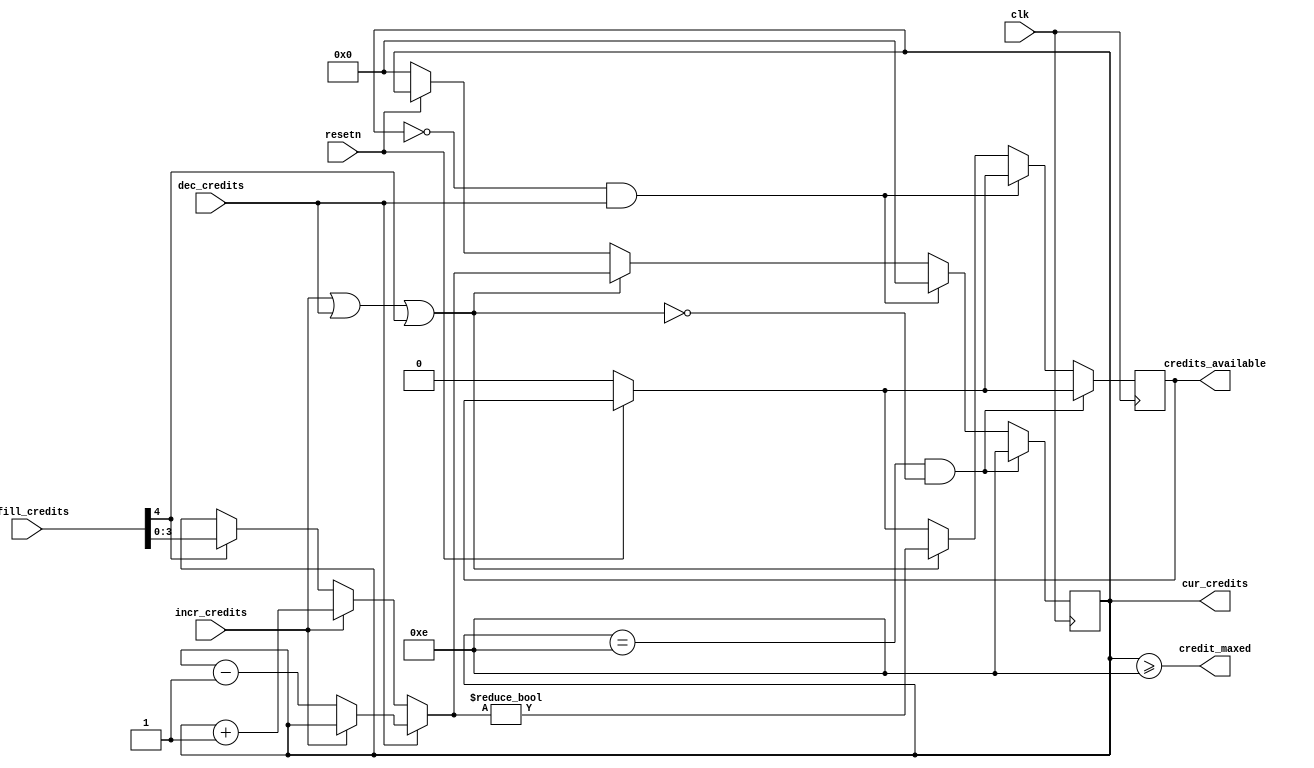
/*
 * Copyright (c) 2019 Xilinx Inc.
 * Written by Heramb Aligave.
 *
 * Permission is hereby granted, free of charge, to any person obtaining a copy
 * of this software and associated documentation files (the "Software"), to deal
 * in the Software without restriction, including without limitation the rights
 * to use, copy, modify, merge, publish, distribute, sublicense, and/or sell
 * copies of the Software, and to permit persons to whom the Software is
 * furnished to do so, subject to the following conditions:
 *
 * The above copyright notice and this permission notice shall be included in
 * all copies or substantial portions of the Software.
 *
 * THE SOFTWARE IS PROVIDED "AS IS", WITHOUT WARRANTY OF ANY KIND, EXPRESS OR
 * IMPLIED, INCLUDING BUT NOT LIMITED TO THE WARRANTIES OF MERCHANTABILITY,
 * FITNESS FOR A PARTICULAR PURPOSE AND NONINFRINGEMENT. IN NO EVENT SHALL
 * THE AUTHORS OR COPYRIGHT HOLDERS BE LIABLE FOR ANY CLAIM, DAMAGES OR OTHER
 * LIABILITY, WHETHER IN AN ACTION OF CONTRACT, TORT OR OTHERWISE, ARISING FROM,
 * OUT OF OR IN CONNECTION WITH THE SOFTWARE OR THE USE OR OTHER DEALINGS IN
 * THE SOFTWARE.
 *
 * Description: 
 *   chi link layer credit manager
 *
 */
module  chi_link_credit_manager 
  (
   input 	clk,
   input 	resetn,
   input 	dec_credits,
   input 	incr_credits,
   input [4:0] 	refill_credits,
  
  
   output reg 	credits_available,
   output [3:0] cur_credits,
   output 	credit_maxed
   );

   
   wire 	credit_update ;
   wire [3:0] 	incremented_credits; 
   wire [3:0] 	decremented_credits;
   

   reg [3:0] 	current_credit;

   assign cur_credits = current_credit;
   
   assign credit_maxed   = current_credit >= 'hE;
   assign credit_update = incr_credits || dec_credits || refill_credits[4];
   assign incremented_credits = incr_credits ? current_credit + 1'b1 : refill_credits[4] ? refill_credits[3:0] : current_credit;

   assign decremented_credits = dec_credits ? incr_credits ? current_credit :current_credit - 1'b1 : incremented_credits;

   
   always@(posedge clk) begin
      if(~resetn) begin
         credits_available  <= 1'b0;
         current_credit  <= 4'b0;
      end
      if(current_credit == 4'hE & ~credit_update)
	current_credit <= 4'hE;
      else if(current_credit == 4'h0 & dec_credits)
	current_credit <= 0;
      else if (credit_update) begin
         credits_available  <= (decremented_credits != 4'b0);
         current_credit  <= decremented_credits;
      end 
   end
endmodule